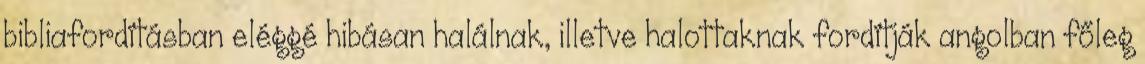
bibliafordításban eléggé hibásan halálnak, illetve halottaknak fordítják angolban főleg